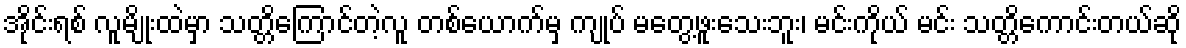
အိုင်းရစ် လူမျိုးထဲမှာ သတ္တိကြောင်တဲ့လူ တစ်ယောက်မှ ကျုပ် မတွေ့ဖူးသေးဘူး၊ မင်းကိုယ် မင်း သတ္တိကောင်းတယ်ဆို